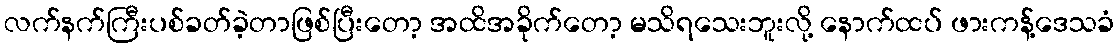
လက်နက်ကြီးပစ်ခတ်ခဲ့တာဖြစ်ပြီးတော့ အထိအခိုက်တော့ မသိရသေးဘူးလို့ နောက်ထပ် ဖားကန့်ဒေသခံ